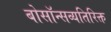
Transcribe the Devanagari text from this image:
बोसॉन्सव्यतिरिक्त